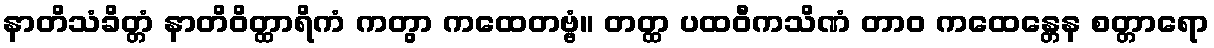
နာတိသံခိတ္တံ နာတိဝိတ္ထာရိကံ ကတွာ ကထေတဗ္ဗံ။ တတ္ထ ပထဝီကသိဏံ တာဝ ကထေန္တေန စတ္တာရော